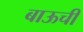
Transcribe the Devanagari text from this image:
बाऊची